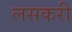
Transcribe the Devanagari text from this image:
लसकरी